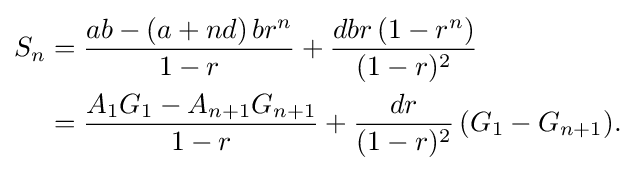
{\begin{aligned}S_{n}&={\frac {ab-(a+nd)\,br^{n}}{1-r}}+{\frac {dbr\,(1-r^{n})}{(1-r)^{2}}}\\&={\frac {A_{1}G_{1}-A_{n+1}G_{n+1}}{1-r}}+{\frac {dr}{(1-r)^{2}}}\,(G_{1}-G_{n+1}).\end{aligned}}